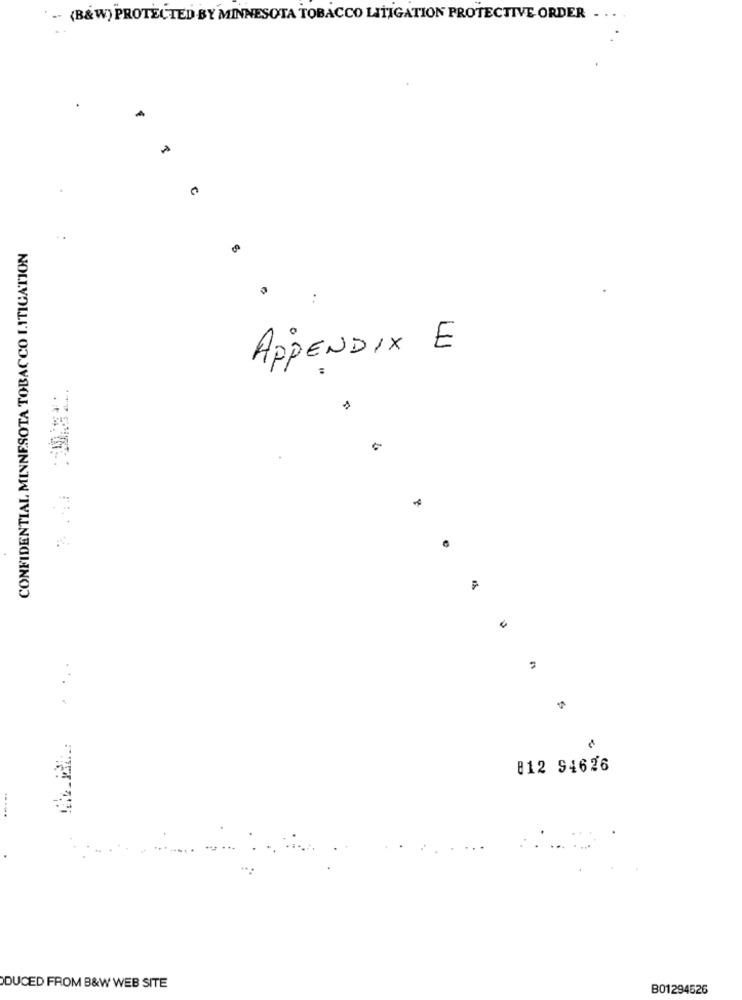
-- (B&W) PROTECTED BY MINNESOTA TOBACCO LITIGATION PROTECTIVE ORDER ....
. .
CONFIDENTIAL MINNESOTA TOBACCO I.ITICATION
..
APPENDIX E
812 94626
----
DUCED FROM B&W WEB SITE
B01294526